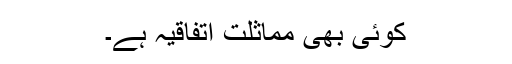
کوئی بھی مماثلت اتفاقیہ ہے۔